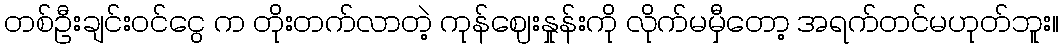
တစ်ဦးချင်းဝင်ငွေ က တိုးတက်လာတဲ့ ကုန်ဈေးနှုန်းကို လိုက်မမှီတော့ အရက်တင်မဟုတ်ဘူး။